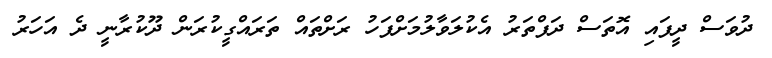
ދުވަސް ދީފައި އޮތަސް ދަފްތަރު އެކުލަވާލުމަށްފަހު ރަށްތައް ތަރައްގީކުރަން ދޫކުރާނީ ދެ އަހަރު